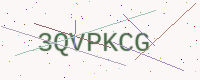
Text: 3QVPKCG